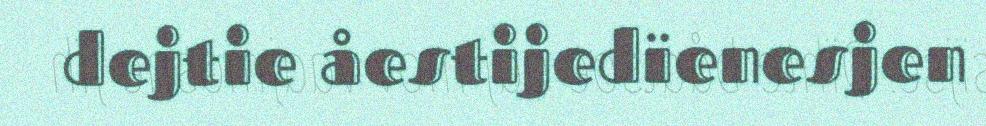
dejtie åestijedïenesjen